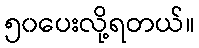
၅၀ပေးလို့ရတယ်။